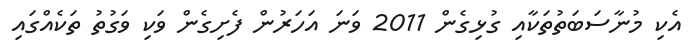
އެކި މުނާސަބަތުތަކާއި ގުޅިގެން 2011 ވަނަ އަހަރުން ފެށިގެން ވަކި ވަގުތު ތަކެއްގައި